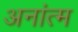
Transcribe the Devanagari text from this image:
अनांत्म